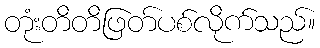
တုံးတိတိဖြတ်ပစ်လိုက်သည်။